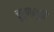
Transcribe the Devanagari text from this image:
चूर्णामुळे